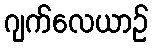
ဂျက်လေယာဉ်